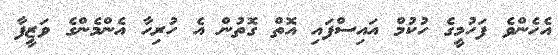
އެހެންވެ ފަހުމީގެ ހުކުމް އައިސްފައި އޮތް ގޮތުން އެ ހުރިހާ އެންމެންގެ ވަޒީފާ